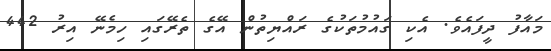
މައާފު ދީފައެވެ. އެކި ގައުމުތަކުގެ ރައްޔިތުން އޭގެ ތެރޭގައި ހިމެނޭ އިރު 442